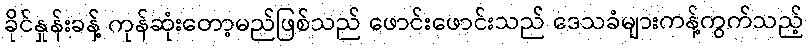
ခိုင်နှုန်းခန့် ကုန်ဆုံးတော့မည်ဖြစ်သည် ဖောင်းဖောင်းသည် ဒေသခံများကန့်ကွက်သည့်